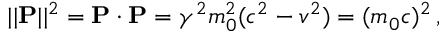
| | \mathbf { P } | | ^ { 2 } = \mathbf { P } \cdot \mathbf { P } = \gamma ^ { 2 } m _ { 0 } ^ { 2 } ( c ^ { 2 } - v ^ { 2 } ) = ( m _ { 0 } c ) ^ { 2 } \, ,